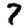
Digit: 7